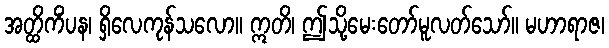
အတ္ထိကိံပန၊ ရှိလေကုန်သလော။ ဣတိ၊ ဤသို့မေးတော်မူလတ်သော်။ မဟာရာဇ၊